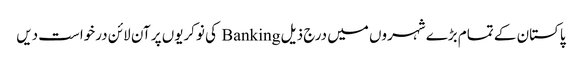
پاکستان کے تمام بڑے شہروں میں درج ذیل Banking کی نوکریوں پر آن لائن درخواست دیں